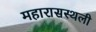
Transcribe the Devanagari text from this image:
महारासस्थली